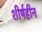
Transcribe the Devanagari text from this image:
शीर्षहीन